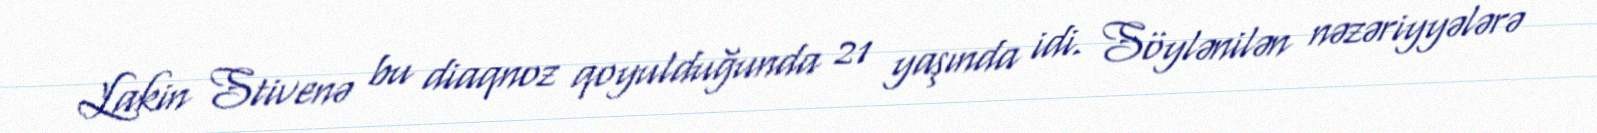
Lakin Stivenə bu diaqnoz qoyulduğunda 21 yaşında idi. Söylənilən nəzəriyyələrə